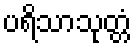
ပရိသာသုတ္တံ